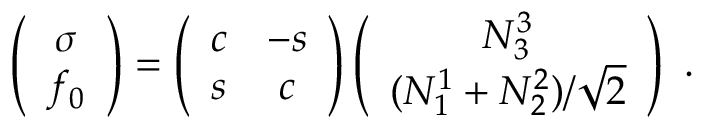
\left( \begin{array} { c } { { \sigma } } \\ { { f _ { 0 } } } \end{array} \right) = \left( \begin{array} { c c } { { c } } & { { - s } } \\ { { s } } & { { c } } \end{array} \right) \left( \begin{array} { c } { { N _ { 3 } ^ { 3 } } } \\ { { ( N _ { 1 } ^ { 1 } + N _ { 2 } ^ { 2 } ) / \sqrt { 2 } } } \end{array} \right) \ .